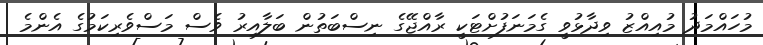
މުހައްމަދު މުއިއްޒު ވިދާޅުވީ ގެމަނަފުށްޓަކީ ރާއްޖޭގެ ނިސްބަތުން ބަލާއިރު ވެސް މަސްވެރިކަމުގެ އެންމެ